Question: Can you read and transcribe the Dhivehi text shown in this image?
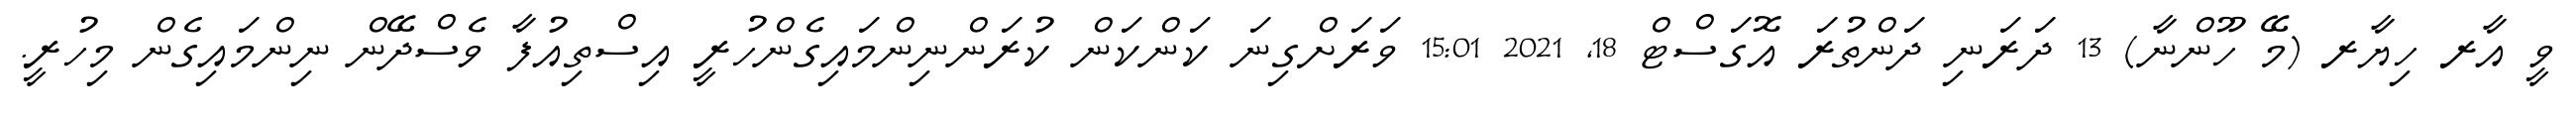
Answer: ވީ އާރ ހިޔާރ (މޭ ހޫންނާ) 13 ދަރަނި ދަންތުރަ އޮގަސްޓް 18, 2021 15:01 ވަރަށްގިނަ ކަންކަން ކުރަންނިންމައިގެންހުރީ އިސްތިއުފާ ވެސްދޭން ނިންމައިގެން މިހުރީ.